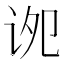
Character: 𫍠